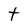
Character: t